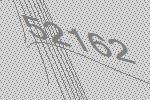
52162